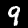
Digit: 9